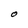
Character: O